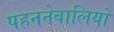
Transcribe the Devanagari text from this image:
पहननेवालियों